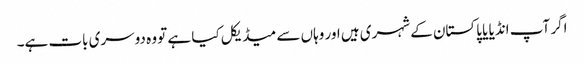
اگر آپ انڈیا یا پاکستان کے شہری ہیں اور وہاں سے میڈیکل کیا ہے تو وہ دوسری بات ہے۔